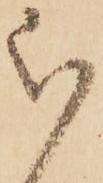
被